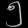
Digit: ၅